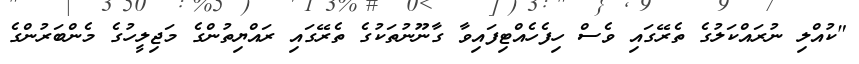
"ކުއްލި ނުރައްކަލުގެ ތެރޭގައި ވެސް ހިފެހެއްޓިފައިވާ ގާނޫނުތަކުގެ ތެރޭގައި ރައްޔިތުންގެ މަޖިލީހުގެ މެންބަރުންގެ